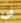
فى